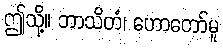
ဤသို့။ ဘာသိတံ၊ ဟောတော်မူ